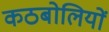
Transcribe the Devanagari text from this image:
कठबोलियों